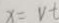
x = v t